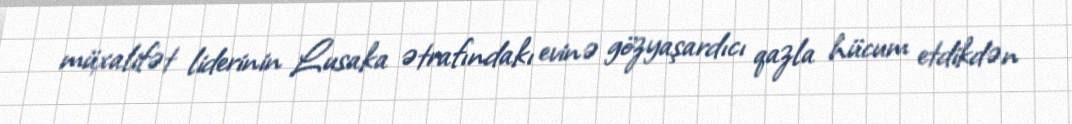
müxalifət liderinin Lusaka ətrafındakı evinə gözyaşardıcı qazla hücum etdikdən